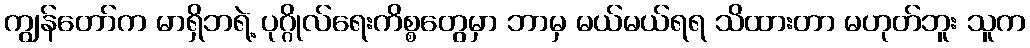
ကျွန်တော်က မာရှိဘရဲ့ ပုဂ္ဂိုလ်ရေးကိစ္စတွေမှာ ဘာမှ မယ်မယ်ရရ သိထားတာ မဟုတ်ဘူး သူက